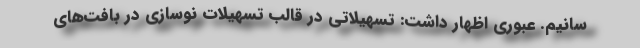
سانیم. عبوری اظهار داشت: تسهیلاتی در قالب تسهیلات نوسازی در بافت‌های